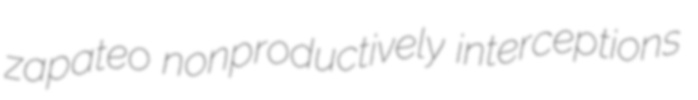
zapateo nonproductively interceptions